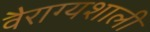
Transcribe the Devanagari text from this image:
वैराग्यशाली